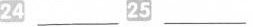
24___ 25___